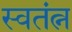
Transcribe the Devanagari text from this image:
स्वतंत्न